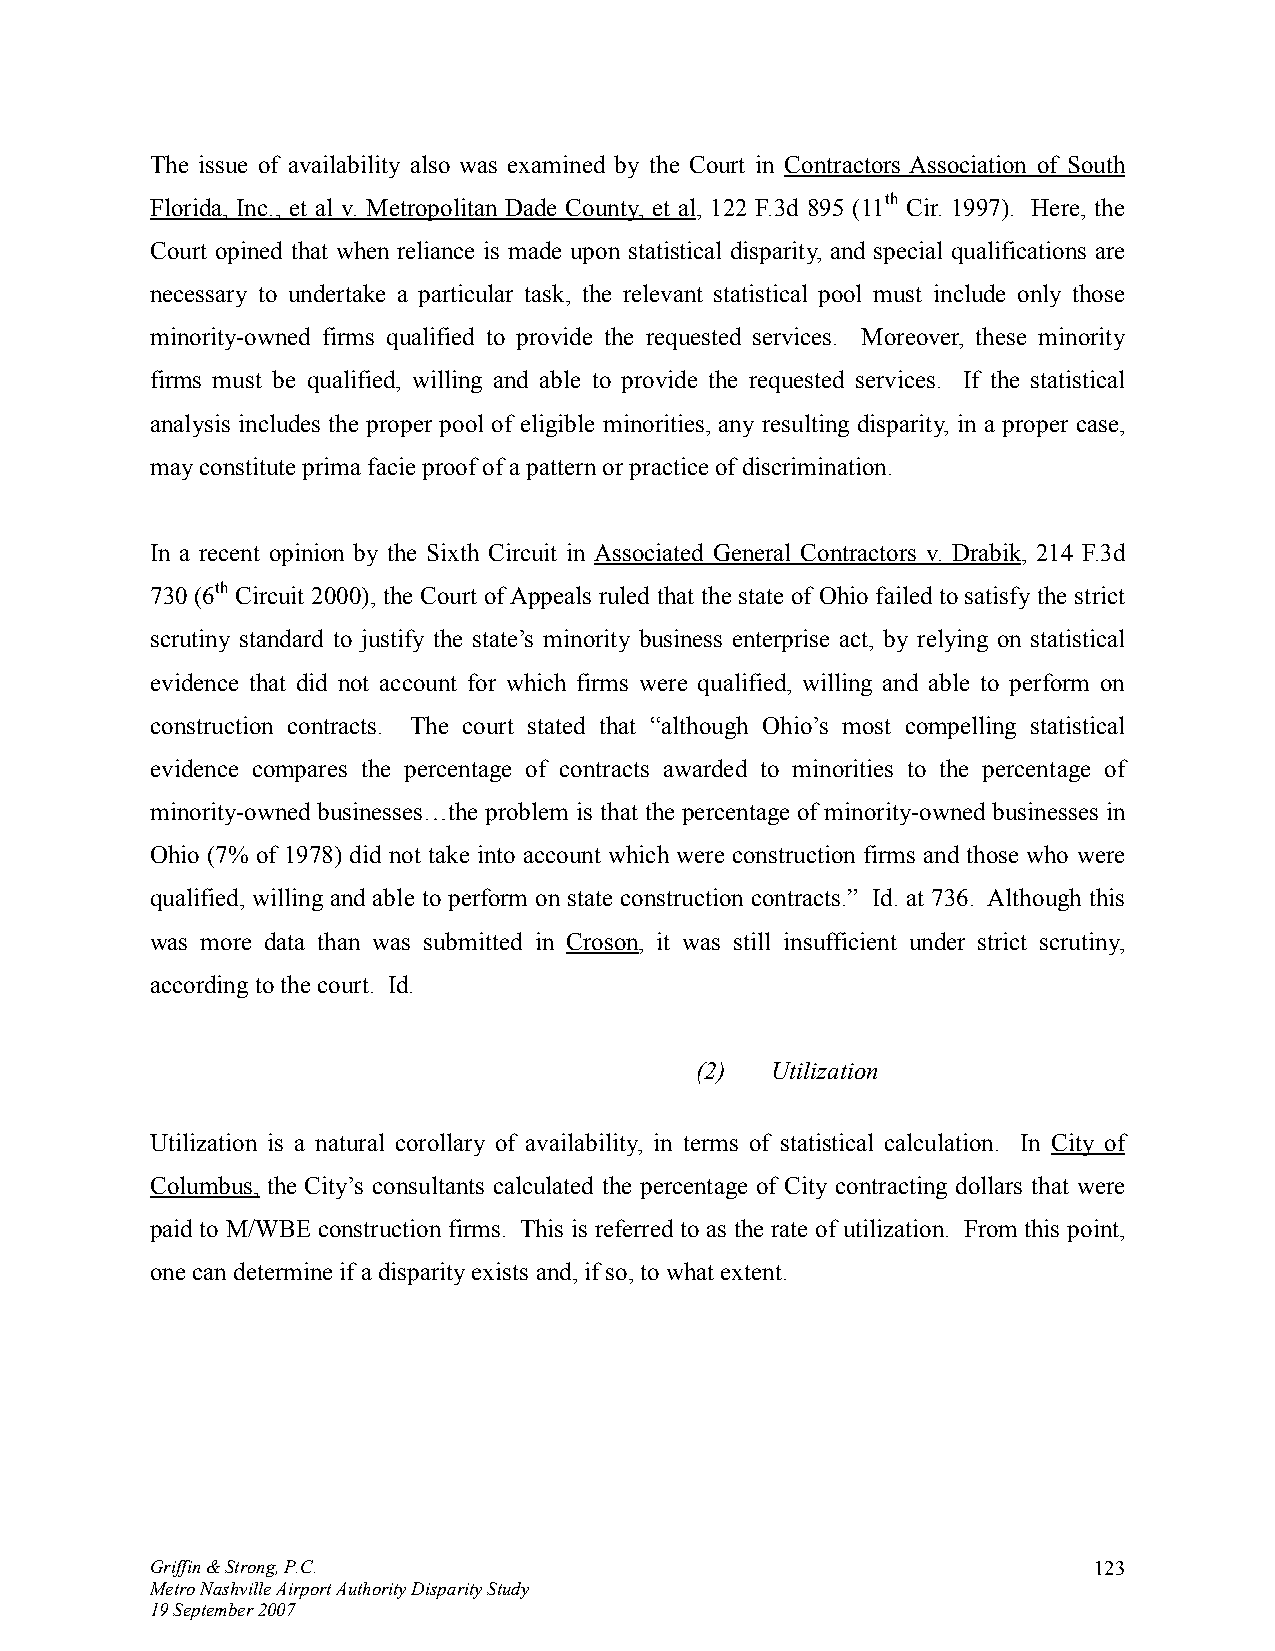
The issue of availability also was examined by the Court in Contractors Association of South
 Florida, Inc., et al v. Metropolitan Dade County, et al, 122 F.3d 895 (11th Cir. 1997). Here, the
 Court opined that when reliance is made upon statistical disparity, and special qualifications are
 necessary to undertake a particular task, the relevant statistical pool must include only those
 minority-owned firms qualified to provide the requested services. Moreover, these minority
 firms must be qualified, willing and able to provide the requested services. If the statistical
 analysis includes the proper pool of eligible minorities, any resulting disparity, in a proper case,
 may constitute prima facie proof of a pattern or practice of discrimination.
 In a recent opinion by the Sixth Circuit in Associated General Contractors v. Drabik, 214 F.3d
 730 (6th Circuit 2000), the Court of Appeals ruled that the state of Ohio failed to satisfy the strict
 scrutiny standard to justify the state’s minority business enterprise act, by relying on statistical
 evidence that did not account for which firms were qualified, willing and able to perform on
 construction contracts. The court stated that “although Ohio’s most compelling statistical
 evidence compares the percentage of contracts awarded to minorities to the percentage of
 minority-owned businesses…the problem is that the percentage of minority-owned businesses in
 Ohio (7% of 1978) did not take into account which were construction firms and those who were
 qualified, willing and able to perform on state construction contracts.” Id. at 736. Although this
 was more data than was submitted in Croson, it was still insufficient under strict scrutiny,
 according to the court. Id.
 (2)  Utilization
 Utilization is a natural corollary of availability, in terms of statistical calculation. In City of
 Columbus, the City’s consultants calculated the percentage of City contracting dollars that were
 paid to M/WBE construction firms. This is referred to as the rate of utilization. From this point,
 one can determine if a disparity exists and, if so, to what extent.
 Griffin & Strong, P.C.                                        123
 Metro Nashville Airport Authority Disparity Study
 19 September 2007